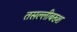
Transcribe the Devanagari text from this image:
तसल्लीबख्श